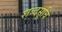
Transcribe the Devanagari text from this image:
शब्दसूचि